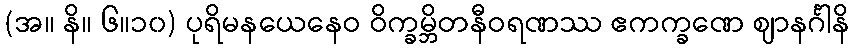
(အ။ နိ။ ၆။၁၀) ပုရိမနယေနေဝ ဝိက္ခမ္ဘိတနီဝရဏဿ ဧကက္ခဏေ ဈာနင်္ဂါနိ